Annual statistical returns and brief notes on vaccination in Bengal - 1896-1909
Year: 1896
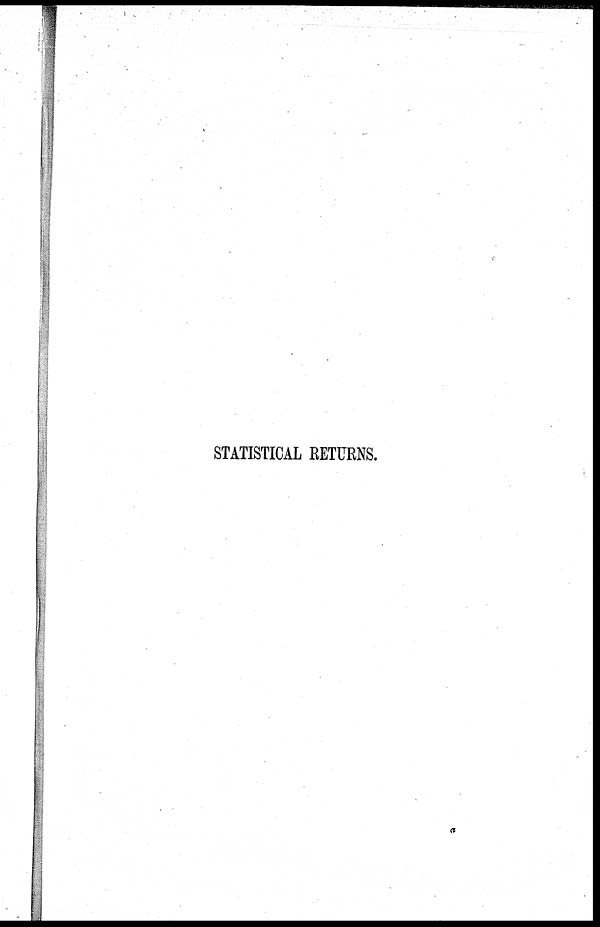
STATISTICAL RETURNS.
a